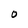
Character: O